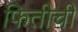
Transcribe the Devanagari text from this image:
फितीची